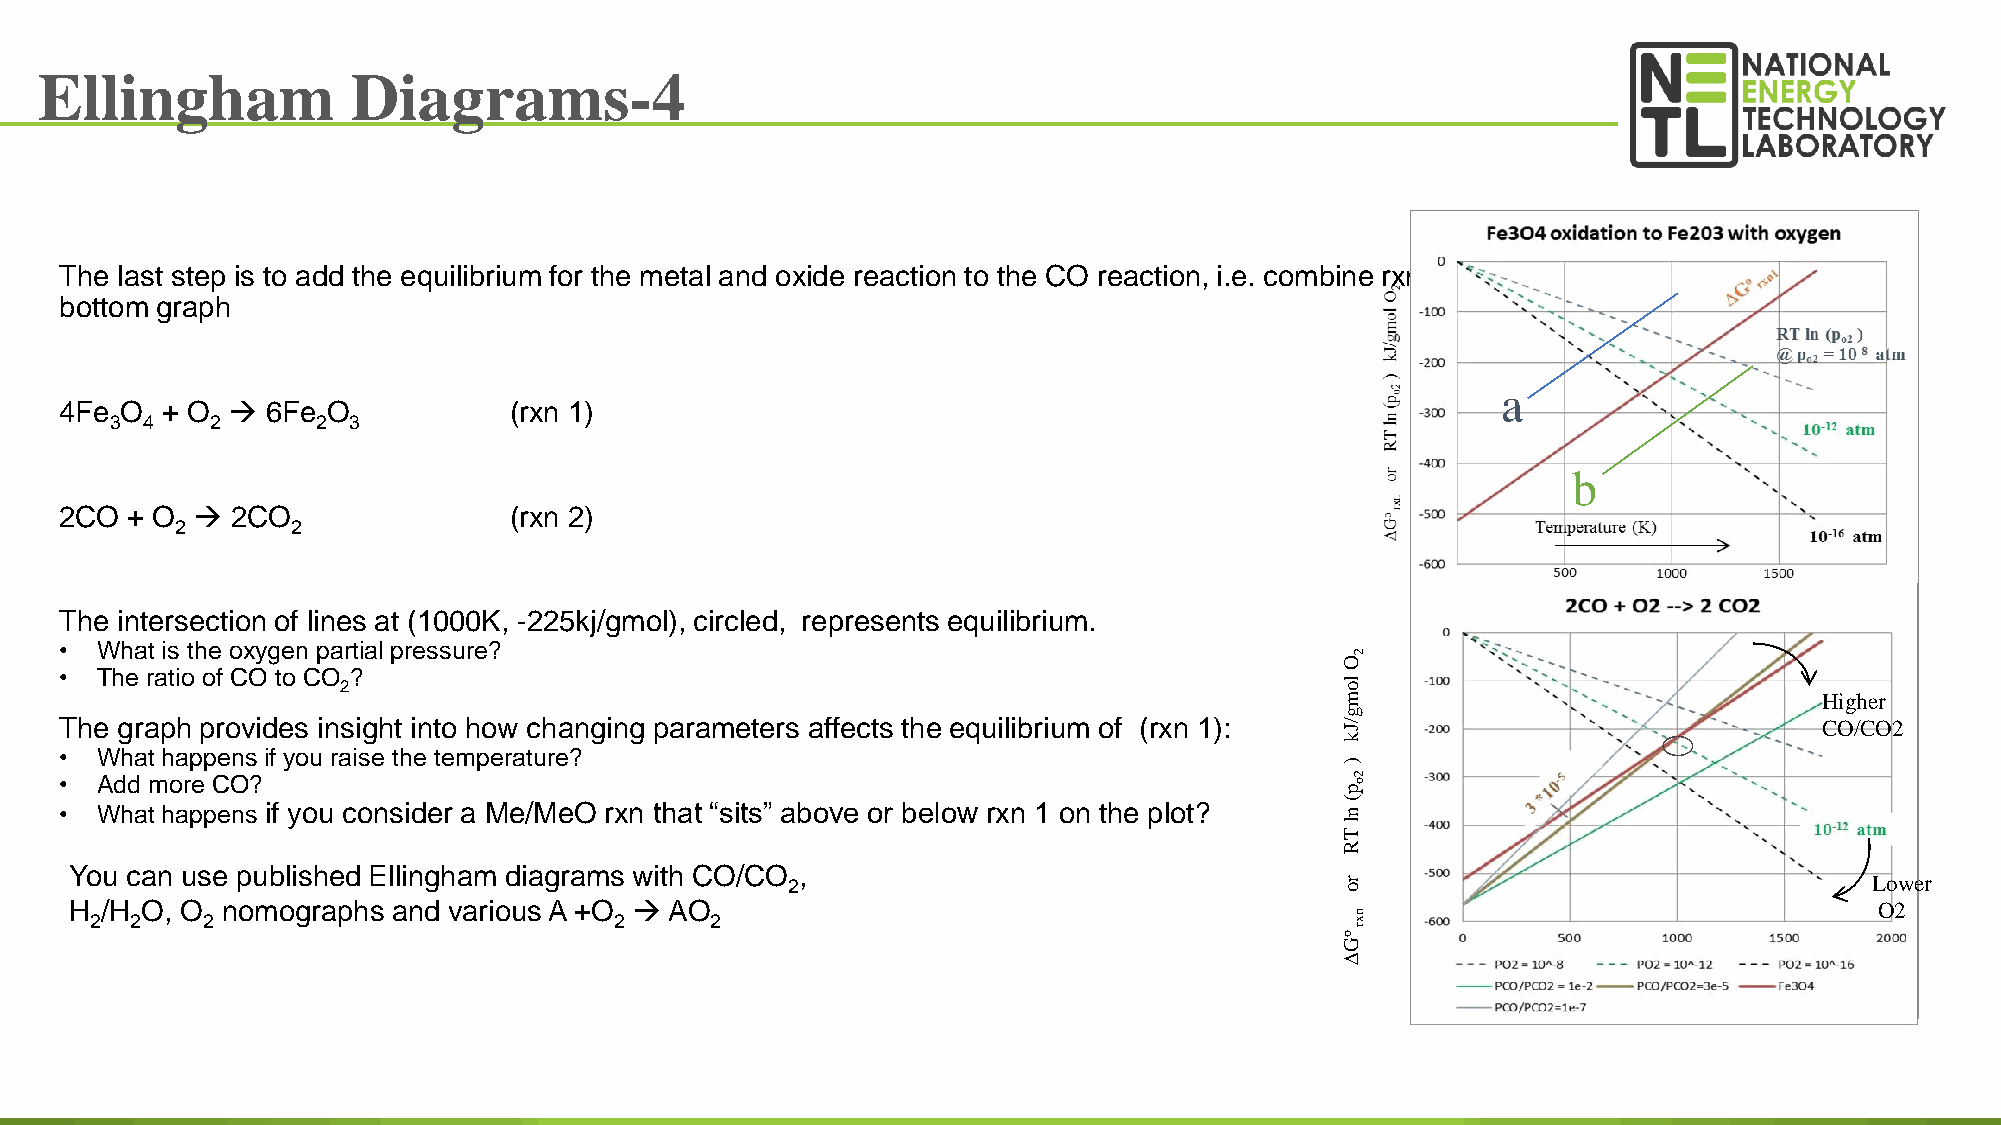
Ellingham           Diagrams-4
 The last step is to add the equilibrium for the metal and oxide reaction to the CO reaction, i.e. combine rxn1 and rxn2 plots as shown in the
 bottom graph
 a
 4Fe O  + O   6Fe O           (rxn 1)
 3 4    2      2 3
 b
 2CO + O   2CO                (rxn 2)
 2      2
 The intersection of lines at (1000K, -225kj/gmol), circled, represents equilibrium.
 • What is the oxygen partial pressure?
 2
 O
 • The ratio of CO to CO ?
 2                                                                 lo
 m                               Higher
 g
 The graph provides insight into how changing parameters affects the equilibrium of (rxn 1): /J                       CO/CO2
 k
 • What happens if you raise the temperature?
 )
 • Add more CO?                                                                       2 o
 p
 • What happens if you consider a Me/MeO rxn that “sits” above or below rxn 1 on the plot? n(
 Tl
 R
 You can use published Ellingham diagrams with CO/CO 2,
 r
 o
 Lower
 H /H O, O nomographs and various A +O  AO                                                                             O2
 2  2   2                           2     2                                         n x
 r
 o
 G
 D
 27